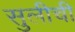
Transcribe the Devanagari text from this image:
सुलीची